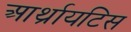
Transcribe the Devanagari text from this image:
आर्थ्रायटिस